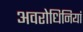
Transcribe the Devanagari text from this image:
अवरोधिनियां